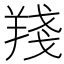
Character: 𦎗